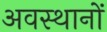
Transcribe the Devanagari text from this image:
अवस्थानों